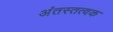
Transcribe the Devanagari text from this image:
अंतस्तत्वक